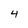
Character: 4